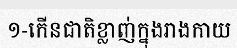
១-កើនជាតិខ្លាញ់ក្នុងរាងកាយ